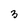
Character: 3